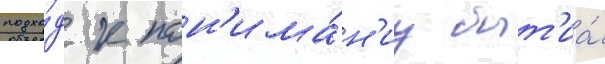
подхо́д к пон'има́н'иу быт'иа́